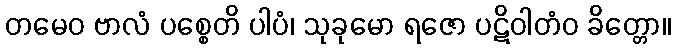
တမေဝ ဗာလံ ပစ္စေတိ ပါပံ၊ သုခုမော ရဇော ပဋိဝါတံဝ ခိတ္တော။